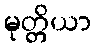
မုတ္တိယာ